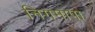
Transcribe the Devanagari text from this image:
निगमापा